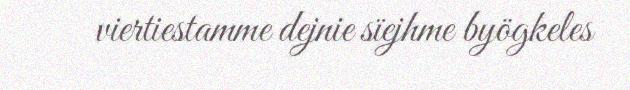
viertiestamme dejnie sïejhme byögkeles